Scottish Leaving Certificate Examination, 1961
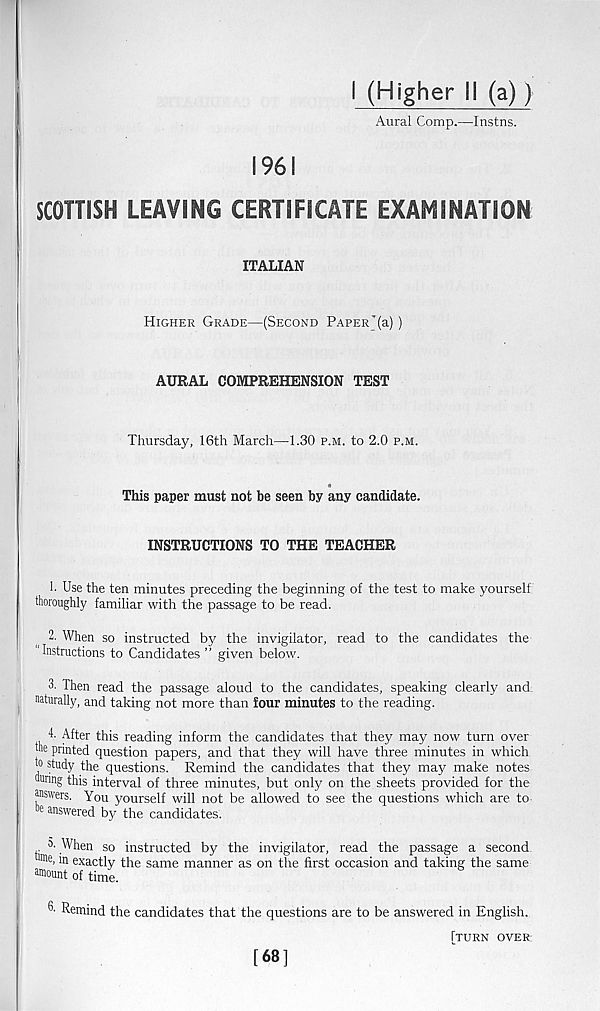
I (Higher II (a))
Aural Comp.—Instns.
196!
SCOTTISH LEAVING CERTIFICATE EXAMINATION
ITALIAN
Higher Grade—(Second Paper T (a))
AURAL COMPREHENSION TEST
Thursday, 16th March—1.30 p.m. to 2.0 p.m.
This paper must not be seen by any candidate.
INSTRUCTIONS TO THE TEACHER
1. Use the ten minutes preceding the beginning of the test to make yourself
thoroughly familiar with the passage to be read.
2. When so instructed by the invigilator, read to the candidates the
'Instructions to Candidates ” given below.
3. Then read the passage aloud to the candidates, speaking clearly and.
naturally, and taking not more than four minutes to the reading.
4. After this reading inform the candidates that they may now turn over
the printed question papers, and that they will have three minutes in which
to study the questions. Remind the candidates that they may make notes
tamg this interval of three minutes, but only on the sheets provided for the
answers. You yourself will not be allowed to see the questions which are to
e ans wered by the candidates.
time.
o. When so instructed by the invigilator, read the passage a second
,e . in exactly the same manner as on the first occasion and taking the same
amount of time.
3- Remind the candidates that the questions are to be answered in English.
[turn over.
[68]